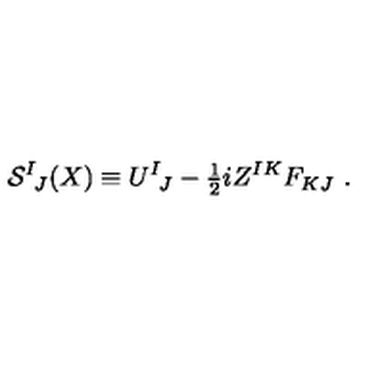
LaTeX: { \cal S } ^ { I } { } _ { \! J } ( X ) \equiv U ^ { I } { } _ { \! J } - { \textstyle { \frac { 1 } { 2 } } } i Z ^ { I K } F _ { K J } \ .